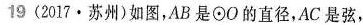
19(2017\cdot 苏州)如图，AB是\odot O的直径，AC是弦，